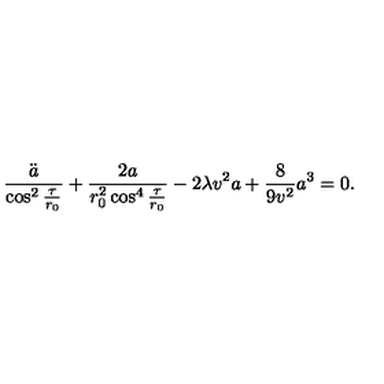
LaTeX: \frac { \ddot { a } } { \cos ^ { 2 } { \frac { \tau } { r _ { 0 } } } } + \frac { 2 a } { r _ { 0 } ^ { 2 } \cos ^ { 4 } { \frac { \tau } { r _ { 0 } } } } - 2 \lambda v ^ { 2 } a + \frac { 8 } { 9 v ^ { 2 } } a ^ { 3 } = 0 .